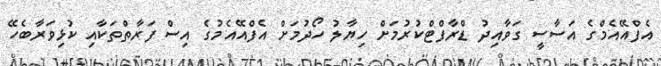
އެފްއޭއެމްގެ އަސާސީ ގަވާއިދު ޑްރާފްޓްކުރުމަށް ހިޔާލު ހޯދުމަށް އެފްއޭއެމުގެ އިސް ފަރާތްތަކާއި ކުޅިވަރާބެހޭ